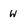
Character: W